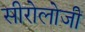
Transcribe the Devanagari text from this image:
सीरोलोजी